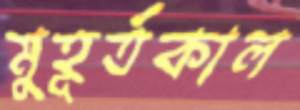
মুহূর্তকাল